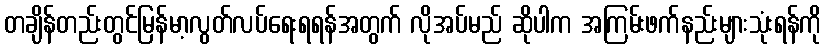
တချိန်တည်းတွင်မြန်မာ့လွတ်လပ်ရေးရရန်အတွက် လိုအပ်မည် ဆိုပါက အကြမ်းဖက်နည်းများသုံးရန်ကို